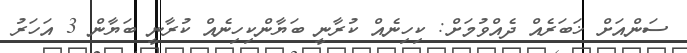
ސަންއަށް ޚަބަރެއް ދެއްވުމަށް: ކިހިނެއް ކުރާނީ ބަޔާންކިހިނެއް ކުރާނީ ބަޔާން 3 އަހަރު